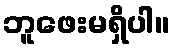
ဘူဖေးမရှိပါ။